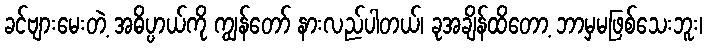
ခင်ဗျားမေးတဲ့ အဓိပ္ပာယ်ကို ကျွန်တော် နားလည်ပါတယ်၊ ခုအချိန်ထိတော့ ဘာမှမဖြစ်သေးဘူး၊